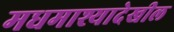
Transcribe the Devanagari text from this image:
मधमाश्यादेखील